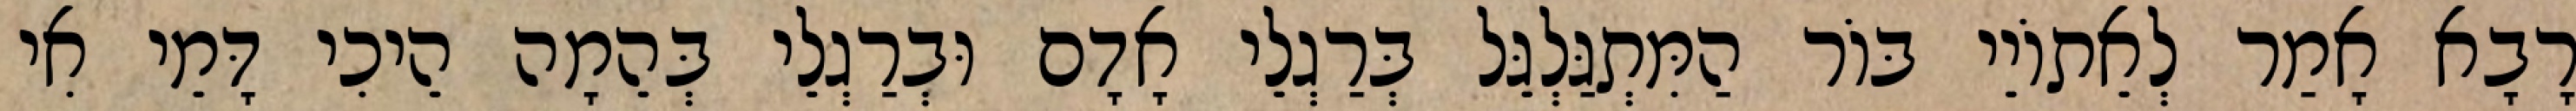
רָבָא אָמַר לְאֵתוֹיֵי בּוֹר הַמִּתְגַּלְגֵּל בְּרַגְלֵי אָדָם וּבְרַגְלֵי בְּהֵמָה הֵיכִי דָּמֵי אִי